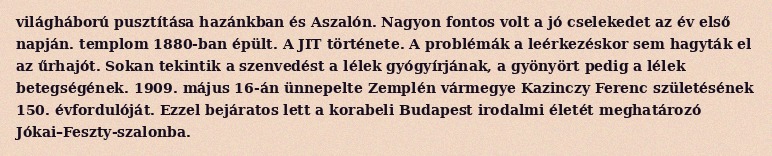
világháború pusztítása hazánkban és Aszalón. Nagyon fontos volt a jó cselekedet az év első napján. templom 1880-ban épült. A JIT története. A problémák a leérkezéskor sem hagyták el az űrhajót. Sokan tekintik a szenvedést a lélek gyógyírjának, a gyönyört pedig a lélek betegségének. 1909. május 16-án ünnepelte Zemplén vármegye Kazinczy Ferenc születésének 150. évfordulóját. Ezzel bejáratos lett a korabeli Budapest irodalmi életét meghatározó Jókai–Feszty-szalonba.